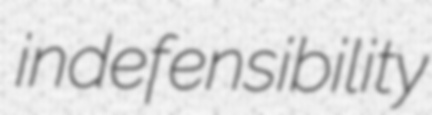
indefensibility